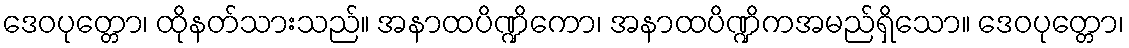
ဒေဝပုတ္တော၊ ထိုနတ်သားသည်။ အနာထပိဏ္ဍိကော၊ အနာထပိဏ္ဍိကအမည်ရှိသော။ ဒေဝပုတ္တော၊